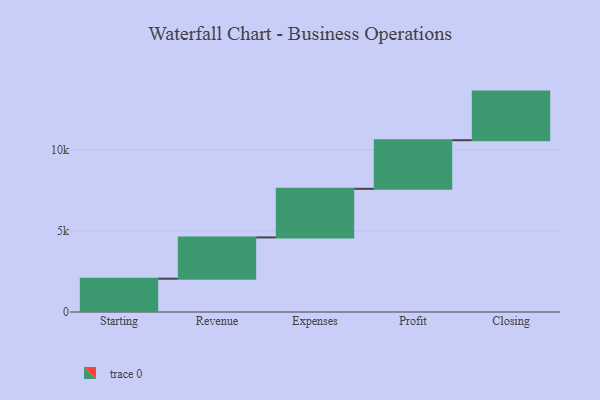
{"axis": {"x": "Step", "y": "Value"}, "legend": [""], "data": [{"x": "Starting", "y": 2056.0, "type": ""}, {"x": "Revenue", "y": 2547.0, "type": ""}, {"x": "Expenses", "y": 3000, "type": ""}, {"x": "Profit", "y": 3000, "type": ""}, {"x": "Closing", "y": 3000, "type": ""}]}